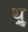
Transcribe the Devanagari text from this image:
थ़्रू